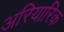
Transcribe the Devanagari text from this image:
अरियारिक